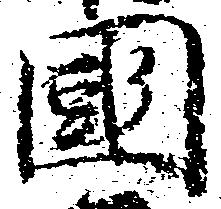
国